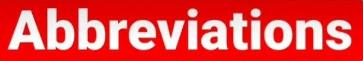
Abbreviations